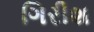
ગિરીશ